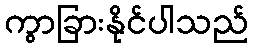
ကွာခြားနိုင်ပါသည်